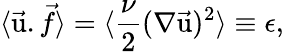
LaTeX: \langle\vec{\mathrm{u}}.\vec{f}\rangle=\langle{\frac{\nu}{2}}(\nabla\vec{\mathrm{u}})^{2}\rangle\equiv\epsilon,